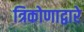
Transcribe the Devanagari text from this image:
त्रिकोणाद्वारे